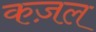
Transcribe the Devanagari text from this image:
कज़ल